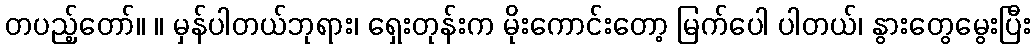
တပည့်တော်။ ။ မှန်ပါတယ်ဘုရား၊ ရှေးတုန်းက မိုးကောင်းတော့ မြက်ပေါ ပါတယ်၊ နွားတွေမွေးပြီး